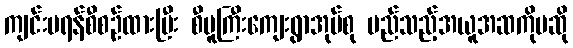
ကျင်းပရန်စီစဉ်ထားပြီး စီမူကြီးကျေးရွာအုပ်စု မည်သည့်အယူအဆကိုမဆို